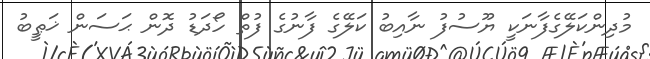
މުދިންކަލޭގެފާނަކީ ޔޫސުފު ނާއިބު ކަލޭގެ ފާނުގެ ފުތް ހޯދަޑު ދޮން ޙަސަން ޚަޠީބު